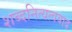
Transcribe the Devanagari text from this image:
शब्दनित्यत्ववाद